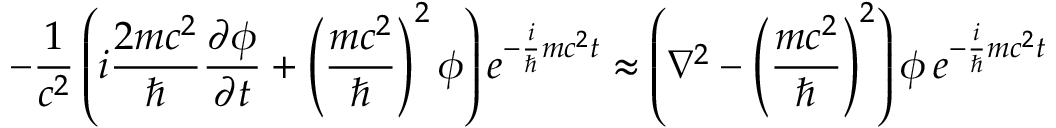
- { \frac { 1 } { c ^ { 2 } } } \left( i { \frac { 2 m c ^ { 2 } } { \hbar } } { \frac { \partial \phi } { \partial t } } + \left( { \frac { m c ^ { 2 } } { \hbar } } \right) ^ { 2 } \phi \right) e ^ { - { \frac { i } { \hbar } } m c ^ { 2 } t } \approx \left( \nabla ^ { 2 } - \left( { \frac { m c ^ { 2 } } { \hbar } } \right) ^ { 2 } \right) \phi \, e ^ { - { \frac { i } { \hbar } } m c ^ { 2 } t }